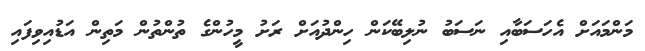
މަންމައަށް އެހަސަބާއި ނަސަބު ނުލިބޭކަން ހިންދުއަށް ރަށު މީހުންގެ ތުންތުން މަތިން އަޑުއިވިފައި